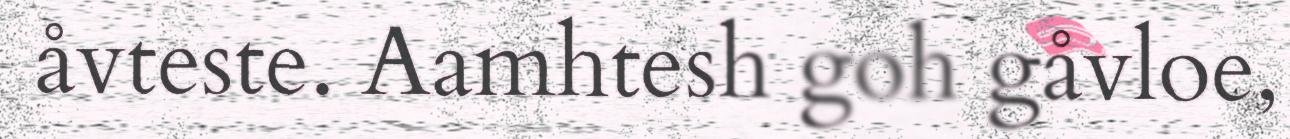
åvteste. Aamhtesh goh gåvloe,